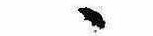
ゝ